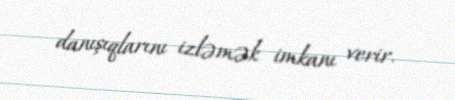
danışıqlarını izləmək imkanı verir.